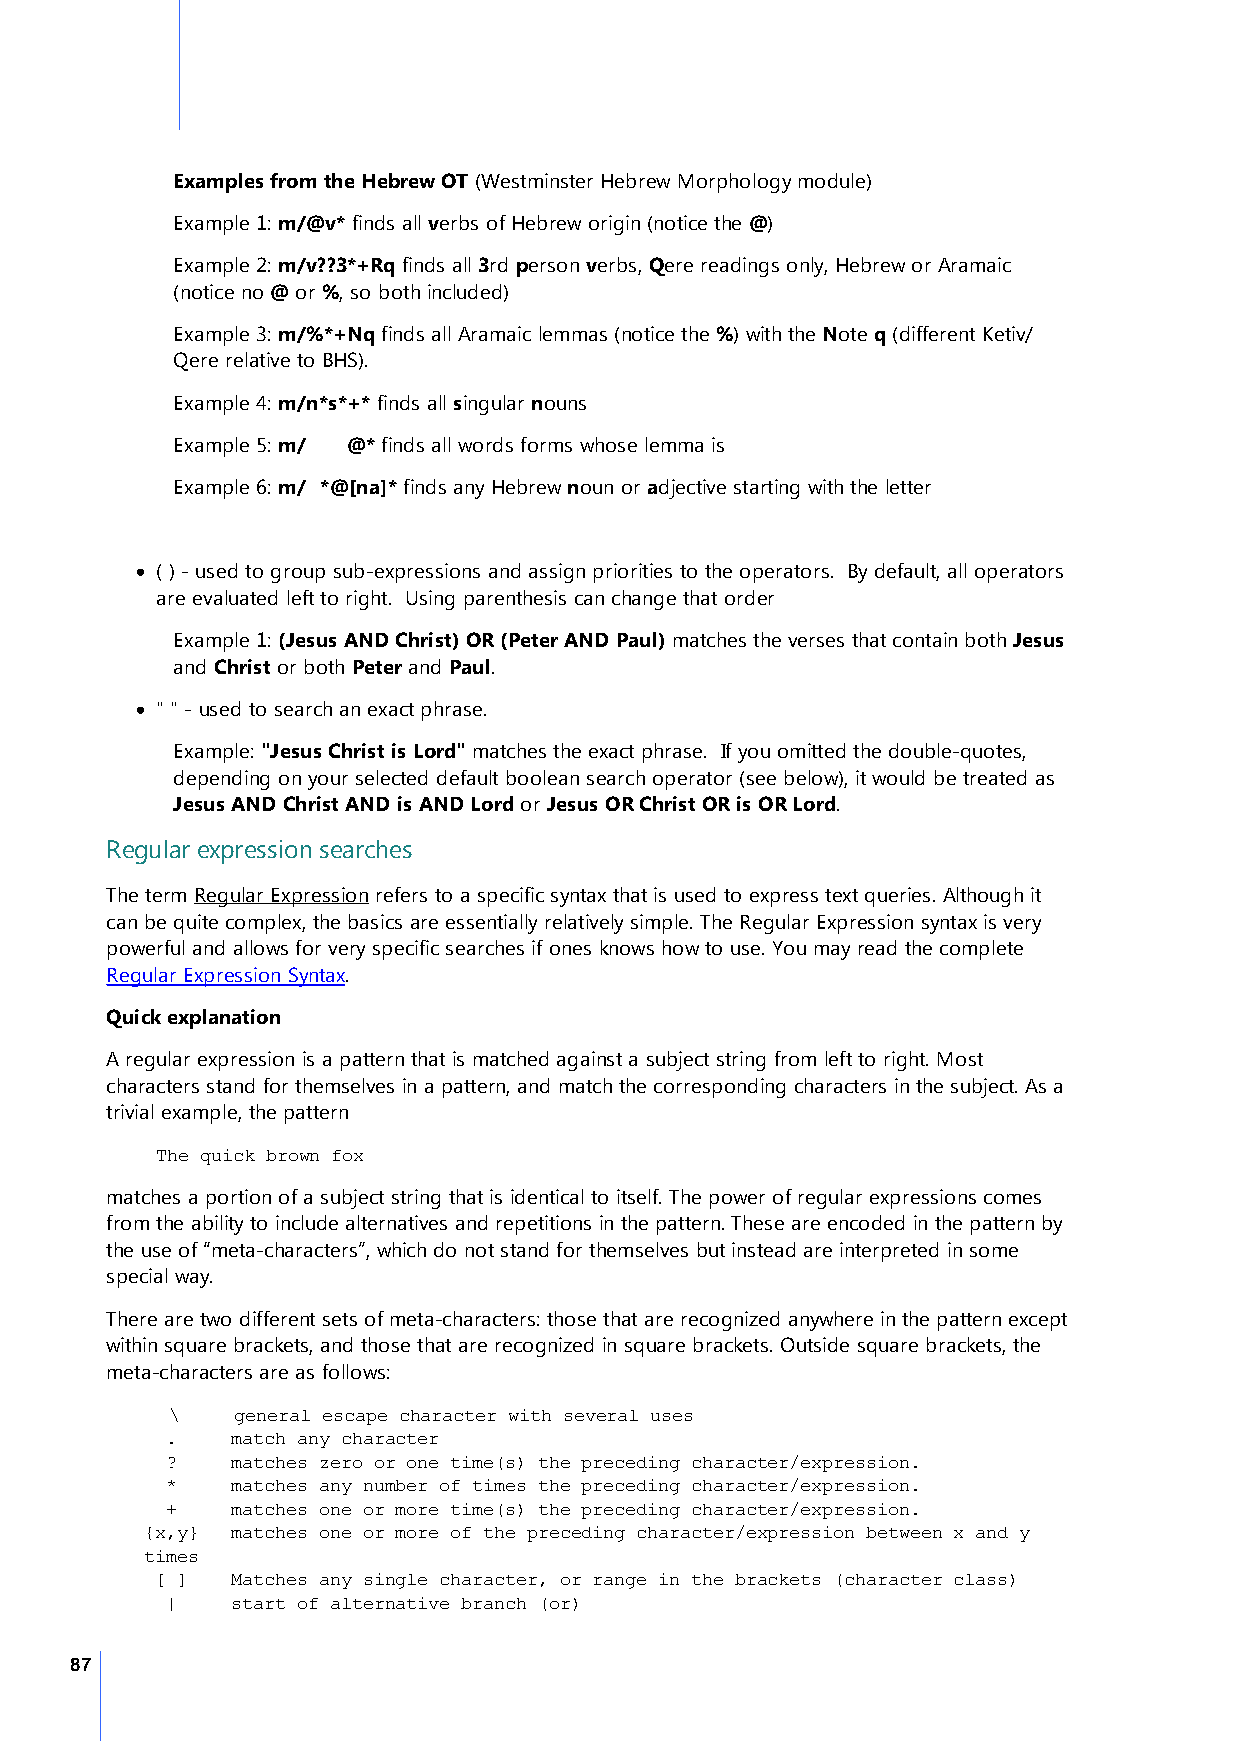
Examples from the Hebrew OT (Westminster Hebrew Morphology module)
 Example 1: m/@v* finds all verbs of Hebrew origin (notice the @)
 Example 2: m/v??3*+Rq finds all 3rd person verbs, Qere readings only, Hebrew or Aramaic
 (notice no @ or %, so both included)
 Example 3: m/%*+Nq finds all Aramaic lemmas (notice the %) with the Note q (different Ketiv/
 Qere relative to BHS).
 Example 4: m/n*s*+* finds all singular nouns
 Example 5: m/ארב@* finds all words forms whose lemma is ארב
 Example 6: m/ב*@[na]* finds any Hebrew noun or adjective starting with the letter ב
 · ( ) - used to group sub-expressions and assign priorities to the operators. By default, all operators
 are evaluated left to right. Using parenthesis can change that order
 Example 1: (Jesus AND Christ) OR (Peter AND Paul) matches the verses that contain both Jesus
 and Christ or both Peter and Paul.
 · " " - used to search an exact phrase.
 Example: "Jesus Christ is Lord" matches the exact phrase. If you omitted the double-quotes,
 depending on your selected default boolean search operator (see below), it would be treated as
 Jesus AND Christ AND is AND Lord or Jesus OR Christ OR is OR Lord.
 Regular expression searches
 The term Regular Expression refers to a specific syntax that is used to express text queries. Although it
 can be quite complex, the basics are essentially relatively simple. The Regular Expression syntax is very
 powerful and allows for very specific searches if ones knows how to use. You may read the complete
 Regular Expression Syntax.
 Quick explanation
 A regular expression is a pattern that is matched against a subject string from left to right. Most
 characters stand for themselves in a pattern, and match the corresponding characters in the subject. As a
 trivial example, the pattern
 The quick brown fox
 matches a portion of a subject string that is identical to itself. The power of regular expressions comes
 from the ability to include alternatives and repetitions in the pattern. These are encoded in the pattern by
 the use of “meta-characters”, which do not stand for themselves but instead are interpreted in some
 special way.
 There are two different sets of meta-characters: those that are recognized anywhere in the pattern except
 within square brackets, and those that are recognized in square brackets. Outside square brackets, the
 meta-characters are as follows:
 \    general escape character with several uses
 .   match any character
 ?   matches zero or one time(s) the preceding character/expression.
 *   matches any number of times the preceding character/expression.
 +   matches one or more time(s) the preceding character/expression.
 {x,y} matches one or more of the preceding character/expression between x and y
 times
 [ ]  Matches any single character, or range in the brackets (character class)
 |   start of alternative branch (or)
 87